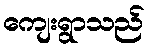
ကျေးရွာသည်